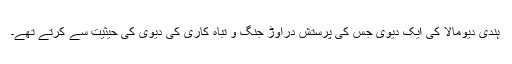
ہندی دیومالا کی ایک دیوی جس کی پرستش دراوڑ جنگ و تباہ کاری کی دیوی کی حیثیت سے کرتے تھے۔